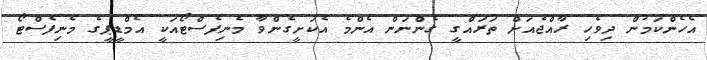
އެހެންކަމުން ދިވެހި ރާއްޖެއަށް ތަރައްގީ ގެންނަން އެންމެ އެކަށީގެންވާ މެނިފެސްޓޯއަކީ އެމްޑީޕީގެ މެނިފެސްޓޯ